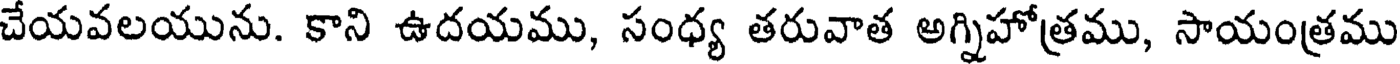
చేయవలయును. కాని ఉదయము, సంధ్య తరువాత అగ్నిహోత్రము, సాయంత్రము